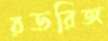
রডরিজ